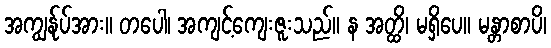
အကျွန်ုပ်အား။ တပေါ၊ အကျင့်ကျေးဇူးသည်။ န အတ္ထိ၊ မရှိပေ။ မန္တာစာပိ၊